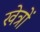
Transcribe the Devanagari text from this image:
खेत्रों